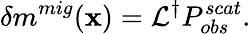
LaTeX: \delta m^{mig}(\textbf{x})=\mathcal{L}^{\dagger}P_{obs}^{scat}.